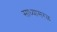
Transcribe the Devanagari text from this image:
साध्यासरळ